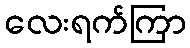
လေးရက်ကြာ